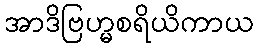
အာဒိဗြဟ္မစရိယိကာယ